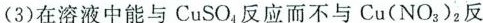
(3)在溶液中能与CuSO{4反应而不与Cu(NO_{3})_{2}反